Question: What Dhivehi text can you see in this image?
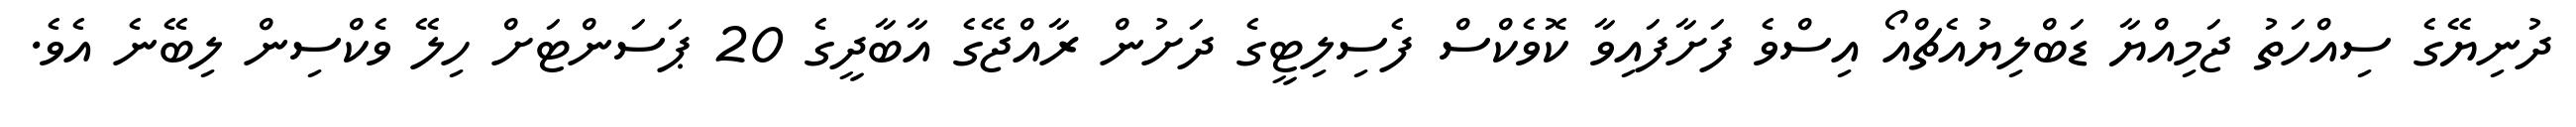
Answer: ދުނިޔޭގެ ސިއްހަތު ޖަމިއްޔާ ޑަބްލިޔުއެޗްއޯ އިސްވެ ފަށާފައިވާ ކޮވެކްސް ފެސިލިޓީގެ ދަށުން ރާއްޖޭގެ އާބާދީގެ 20 ޕަސަންޓަށް ހިލޭ ވެކްސިން ލިބޭނެ އެވެ.